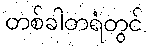
တစ်ခါတရံတွင်